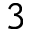
3